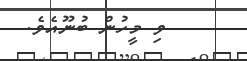
ވި މީހުން ބުނޫއެވެ.